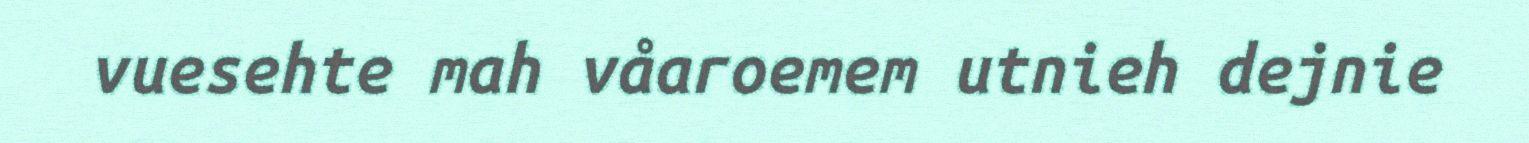
vuesehte mah våaroemem utnieh dejnie